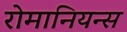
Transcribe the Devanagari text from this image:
रोमानियन्स